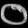
Digit: ၀